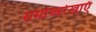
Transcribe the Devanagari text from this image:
समोच्चरेखाएँ